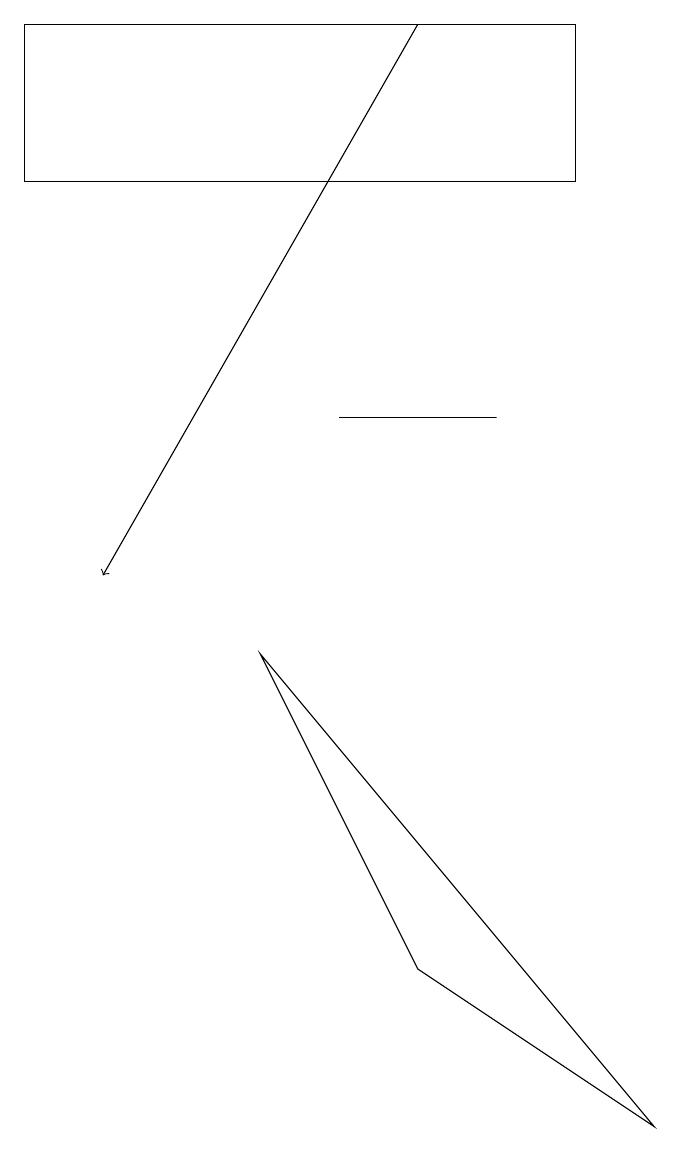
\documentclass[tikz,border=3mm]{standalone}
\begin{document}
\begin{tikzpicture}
\draw[->] (6,17) -- (2,10);
\draw (8,17) rectangle (1,15);
\draw (7,12) rectangle (5,12);
\draw (9,3) -- (6,5) -- (4,9) -- cycle;
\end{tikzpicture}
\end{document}